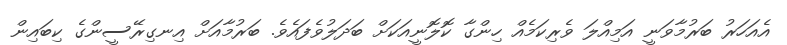
އެއަހަރު ބަރުމާވަނީ އަމިއްލަ ވެރިކަމެއް ހިންގާ ކޮލޮނީއަކަށް ބަދަލުވެފައެވެ. ބަރުމާއަށް އިނގިރޭސީންގެ ކިބައިން